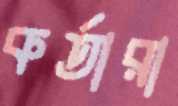
কর্তারা